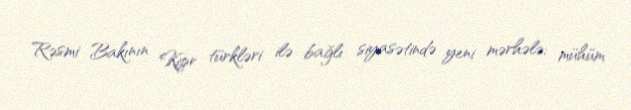
Rəsmi Bakının Kipr türkləri ilə bağlı siyasətində yeni mərhələ; mühüm